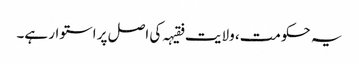
یہ حکومت، ولایت فقیہہ کی اصل پر استوار ہے۔